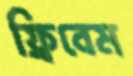
ফ্রিবেম